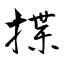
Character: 揲